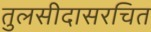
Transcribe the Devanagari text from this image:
तुलसीदासरचित